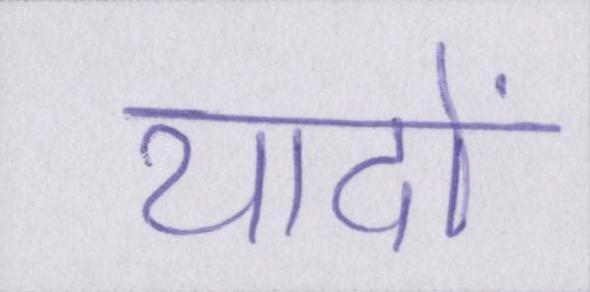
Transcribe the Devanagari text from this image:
यादों